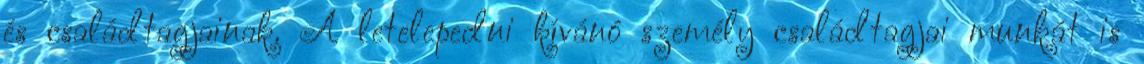
és családtagjainak. A letelepedni kívánó személy családtagjai munkát is